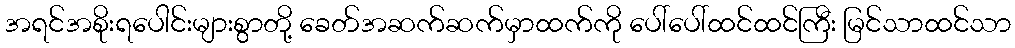
အရင်အစိုးရပေါင်းများစွာတို့ ခေတ်အဆက်ဆက်မှာထက်ကို ပေါ်ပေါ်ထင်ထင်ကြီး မြင်သာထင်သာ